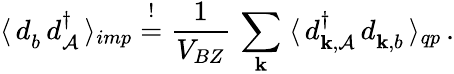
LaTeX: \langle\, d_{b}^{\phantom{\dagger}}\, d_{\mathcal{A}}^{\dagger}\, \rangle_{imp}\overset{!}{=}\frac{{1}}{{V_{BZ}}}\, \sum_{\mathbf{{k}}}\; \langle\, d_{\mathbf{{k}},\mathcal{A}}^{\dagger}\, d_{\mathbf{{k}},b}^{\phantom{\dagger}}\, \rangle_{qp}\, .